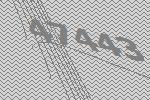
47443